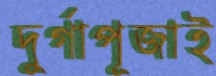
দুর্গাপূজাই